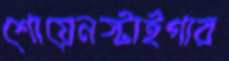
শোয়েনস্টাইগার